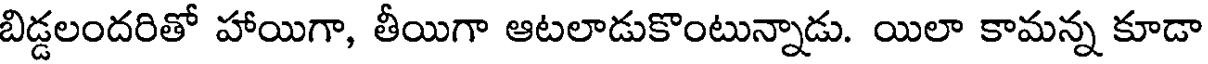
బిడ్డలందరితో హాయిగా, తీయిగా ఆటలాడుకొంటున్నాడు. యిలా కామన్న కూడా